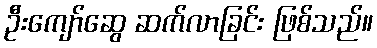
ဦးကျော်ဆွေ ဆက်လာခြင်း ဖြစ်သည်။